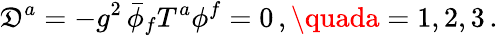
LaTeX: \mathfrak{D}^{a}=-g^{2}\, \bar{{\phi}}_{f}T^{a}\phi^{f}=0\, ,\quada=1,2,3\, .